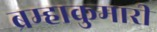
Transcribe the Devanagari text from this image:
ब्रम्हाकुमारी